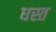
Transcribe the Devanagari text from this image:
धस्त